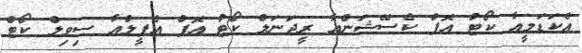
އެކަޑަމީއާ ކޯޓު އޮފް ކެސޭޝަންއާ ރީޖަނަލް ކޯޓު އޮފް އެޕީލްއާ ސިވިލް ކޯޓް